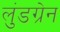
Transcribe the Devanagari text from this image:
लुंडग्रेन